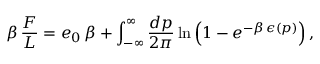
\beta \, { \frac { F } { L } } = e _ { 0 } \, \beta + \int _ { - \infty } ^ { \infty } { \frac { d p } { 2 \pi } } \ln \left( 1 - e ^ { - \beta \, \epsilon ( p ) } \right) ,